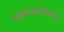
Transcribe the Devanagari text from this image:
कांग्रेगशनैलिज्म